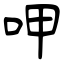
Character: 呷